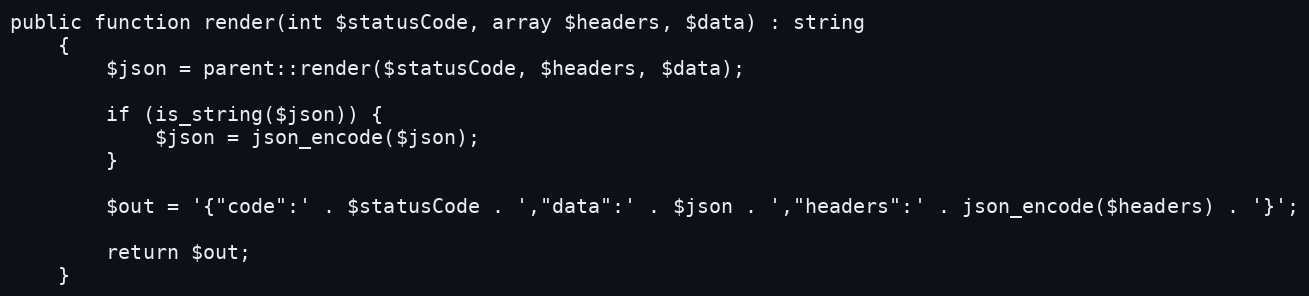
Language: PHP
public function render(int $statusCode, array $headers, $data) : string
    {
        $json = parent::render($statusCode, $headers, $data);

        if (is_string($json)) {
            $json = json_encode($json);
        }

        $out = '{"code":' . $statusCode . ',"data":' . $json . ',"headers":' . json_encode($headers) . '}';

        return $out;
    }